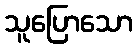
သူပြောသော